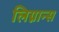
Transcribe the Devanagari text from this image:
लिग्नान्स